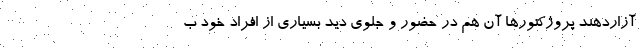
آزاردهند پروژکتورها آن هم در حضور و جلوی دید بسیاری از افراد خود ب